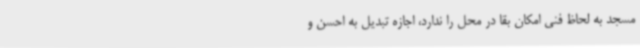
مسجد به لحاظ فنی امکان بقا در محل را ندارد، اجازه تبدیل به احسن و